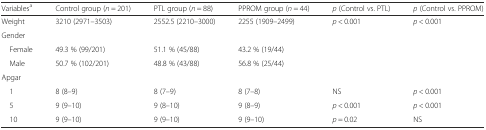
<table><thead><tr><td><b>Variables<sup>a</sup></b></td><td><b>Control group (<i>n</i> = 201)</b></td><td><b>PTL group (<i>n</i> = 88)</b></td><td><b>PPROM group (<i>n</i> = 44)</b></td><td><b><i>p</i> (Control vs. PTL)</b></td><td><b><i>p</i> (Control vs. PPROM)</b></td></tr></thead><tbody><tr><td>Weight</td><td>3210 (2971–3503)</td><td>2552.5 (2210–3000)</td><td>2255 (1909–2499)</td><td><i>p</i> &lt; 0.001</td><td><i>p</i> &lt; 0.001</td></tr><tr><td colspan="6">Gender</td></tr><tr><td> Female</td><td>49.3 % (99/201)</td><td>51.1 % (45/88)</td><td>43.2 % (19/44)</td><td></td><td></td></tr><tr><td> Male</td><td>50.7 % (102/201)</td><td>48.8 % (43/88)</td><td>56.8 % (25/44)</td><td></td><td></td></tr><tr><td colspan="6">Apgar</td></tr><tr><td> 1</td><td>8 (8–9)</td><td>8 (7–9)</td><td>8 (7–8)</td><td>NS</td><td><i>p</i> &lt; 0.001</td></tr><tr><td> 5</td><td>9 (9–10)</td><td>9 (8–10)</td><td>9 (8–9)</td><td><i>p</i> &lt; 0.001</td><td><i>p</i> &lt; 0.001</td></tr><tr><td> 10</td><td>9 (9–10)</td><td>9 (9–10)</td><td>9 (9–10)</td><td><i>p</i> = 0.02</td><td>NS</td></tr></tbody></table>